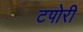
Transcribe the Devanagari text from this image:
टपोरी